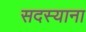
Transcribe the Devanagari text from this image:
सदस्याना